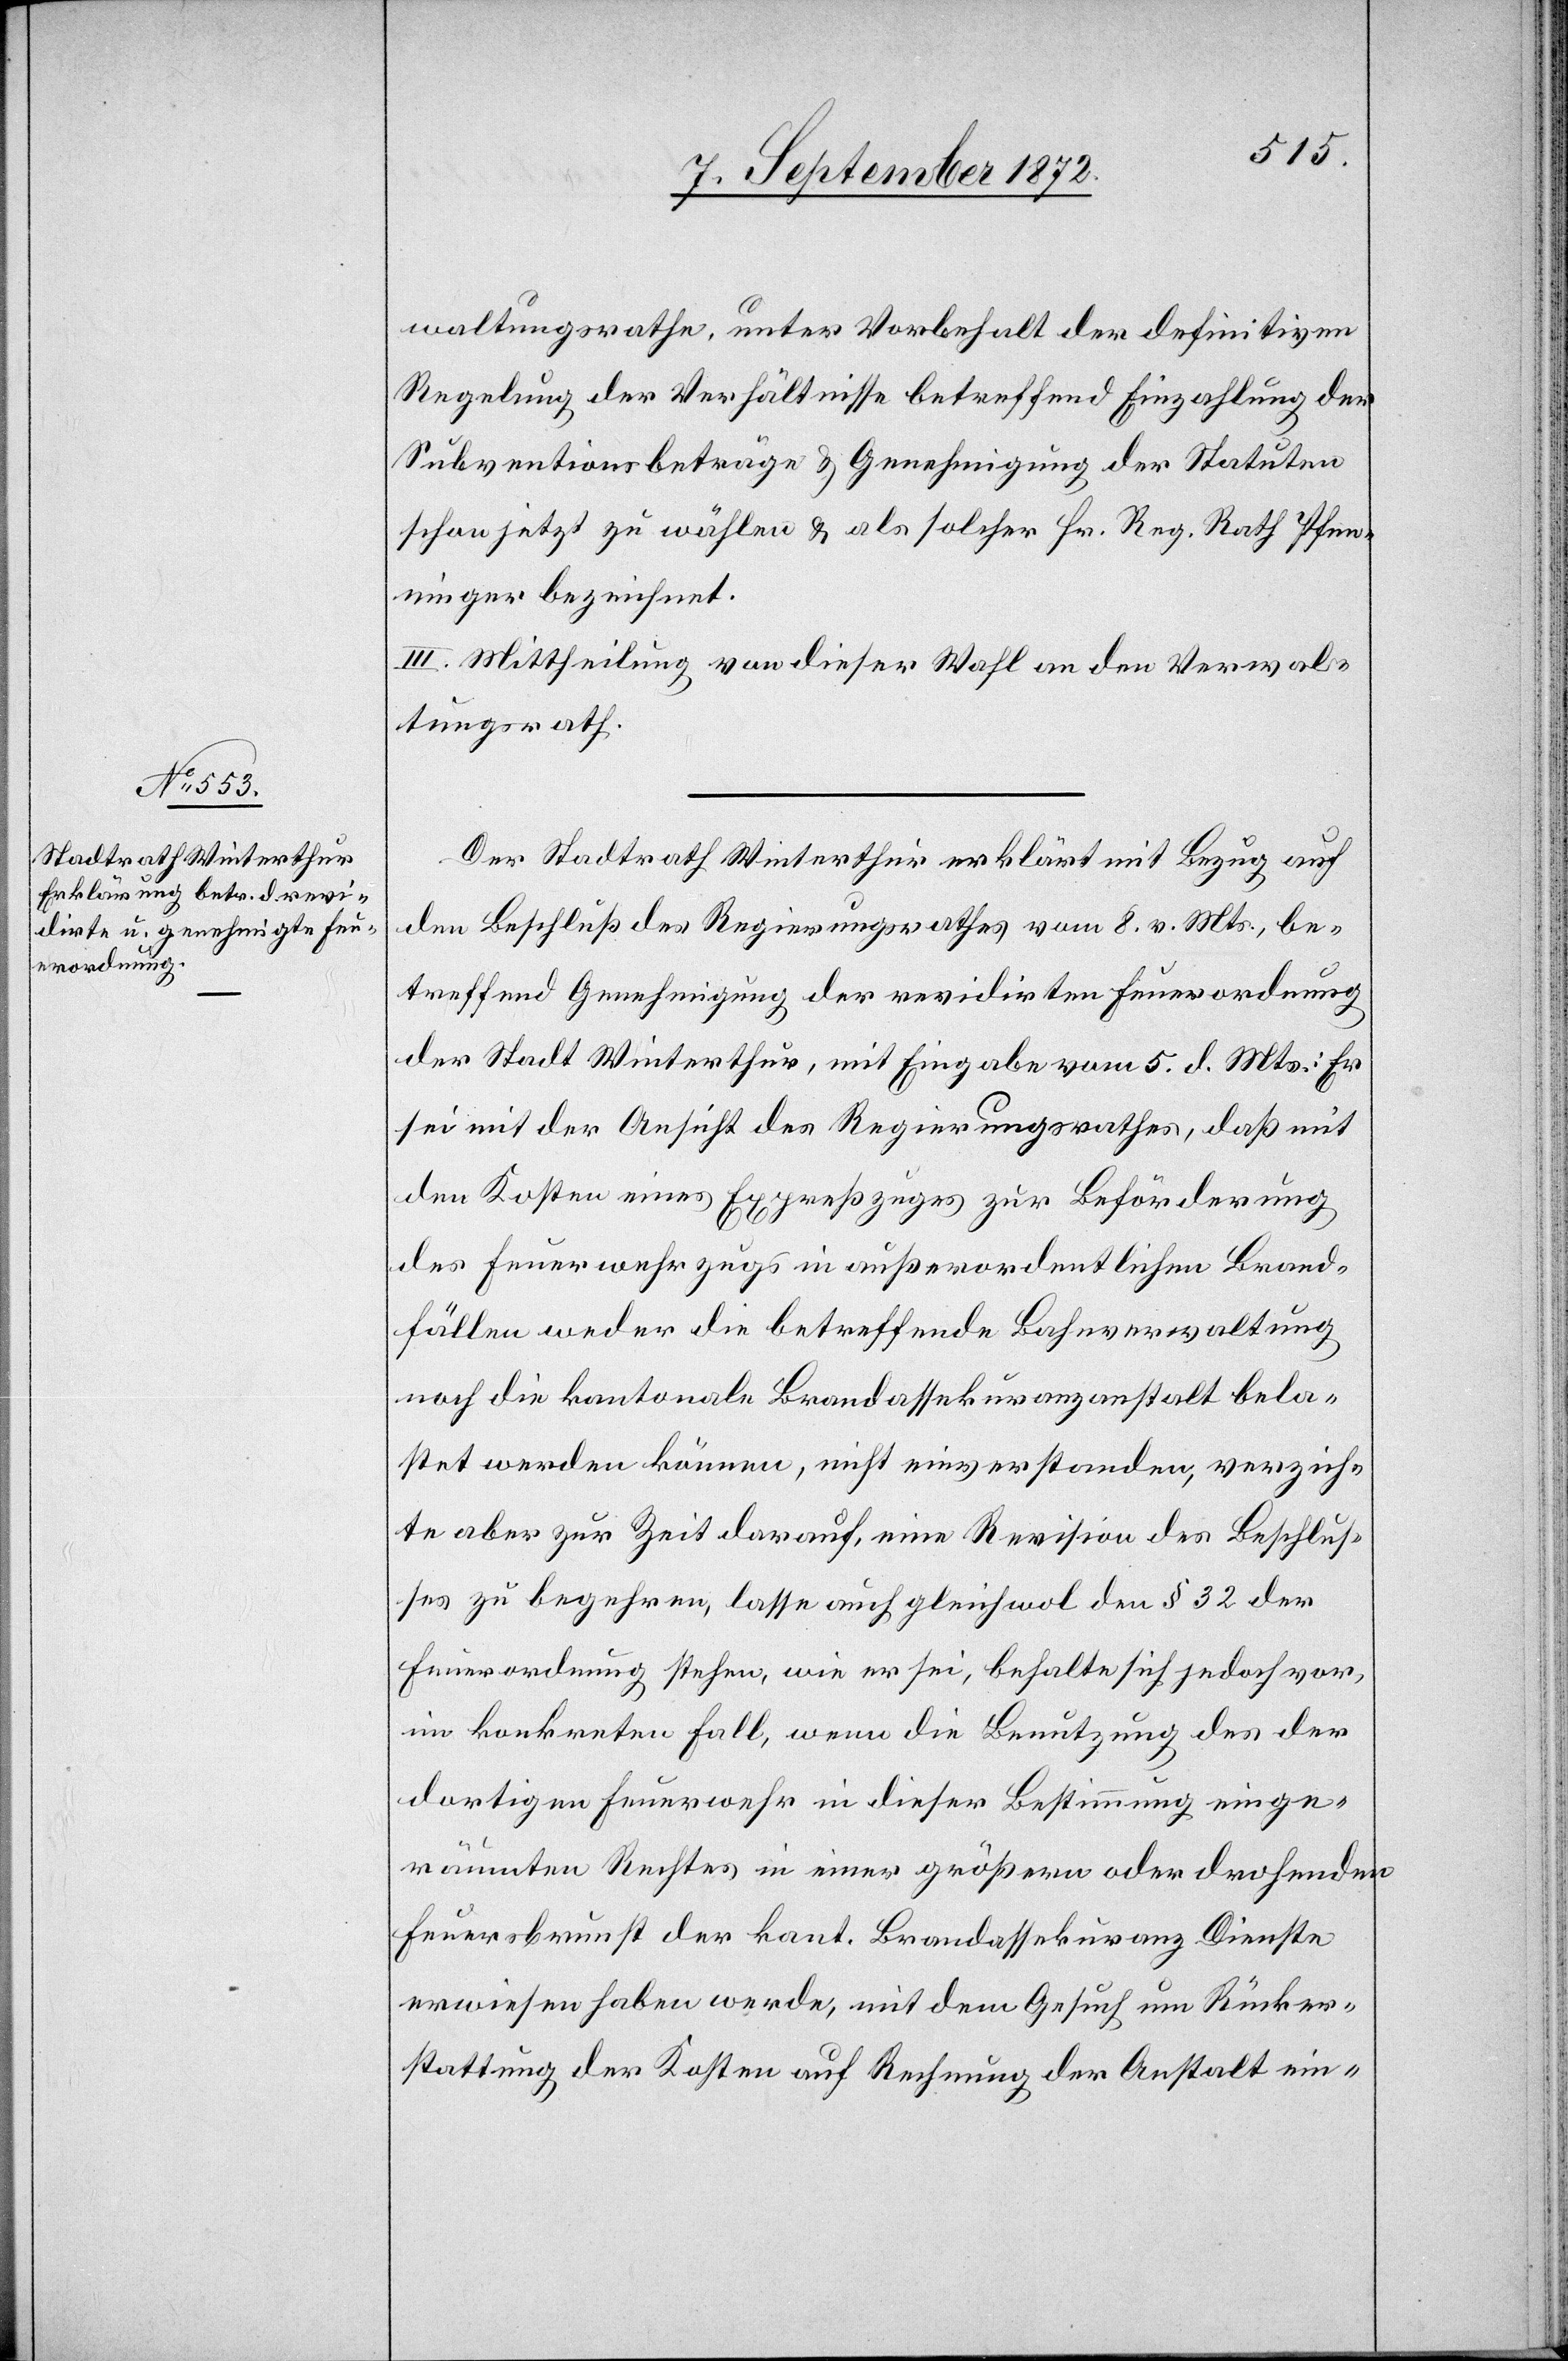
waltungsrathe, unter Vorbehalt der definitiven
Regelung der Verhältnisse betreffend Einzahlung der
Subventionsbeträge u. Genehmigung der Statuten
schon jetzt zu wählen u. als solcher Hr. Reg. Rath Pfen¬
ninger bezeichnet.
III. Mittheilung von dieser Wahl an den Verwal¬
tungsrath.
Der Stadtrath Winterthur erklärt mit Bezug auf
den Beschluß des Regierungsrathes vom 8. v. Mts., be¬
treffend Genehmigung der revidirten Feuerordnung
der Stadt Winterthur, mit Eingabe vom 5. d. Mts.: Er
sei mit der Ansicht des Regierungsrathes, daß mit
den Kosten eines Expreßzuges zur Beförderung
des Feuerwehrzugs in außerordentlichen Brand¬
fällen weder die betreffende Bahnverwaltung
noch die kantonale Brandassekuranzanstalt bela¬
stet werden können, nicht einverstanden, verzich¬
te aber zur Zeit darauf, eine Revision des Beschlus¬
ses zu begehren, lasse auch gleichwol den § 32 der
Feuerordnung stehen, wie er sei, behalte sich jedoch vor,
im konkreten Fall, wenn die Benutzung des der
dortigen Feuerwehr in dieser Bestimmung einge¬
räumten Rechtes in einer größern oder drohenden
Feuerbrunst der kant. Brandassekuranz Dienste
erwiesen haben werde, mit dem Gesuch um Rücker¬
stattung der Kosten auf Rechnung der Anstalt ein-